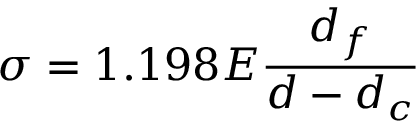
\sigma = 1 . 1 9 8 E { \frac { d _ { f } } { d - d _ { c } } }